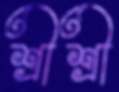
শ্রীশ্রী